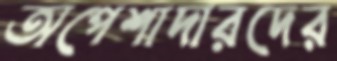
অপেশাদারদের